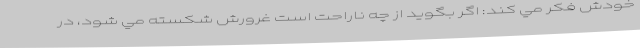
خودش فكر مي کند: اگر بگوید از چه ناراحت است غرورش شكسته مي شود، در